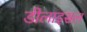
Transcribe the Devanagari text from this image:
डीलाइसल